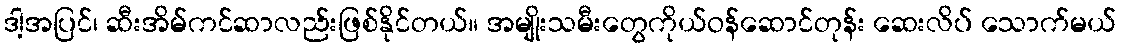
ဒါ့အပြင်၊ ဆီးအိမ်ကင်ဆာလည်းဖြစ်နိုင်တယ်။ အမျိုးသမီးတွေကိုယ်ဝန်ဆောင်တုန်း ဆေးလိပ် သောက်မယ်